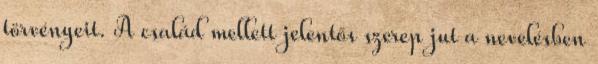
törvényeit. A család mellett jelentős szerep jut a nevelésben